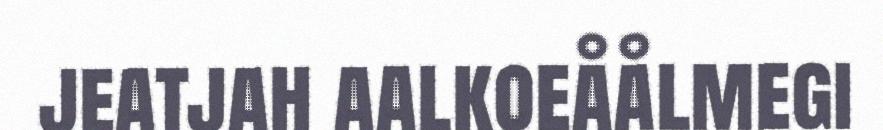
jeatjah aalkoeåålmegi